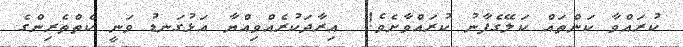
ކުރައްވާ ކަންތައް ކަލޭގެފާނު ކުރައްވާށެވެ!  އިރާދަކުރެއްވިއްޔާ އަޅުގަނޑު ވަނީ ކެތްތެރިންގެ